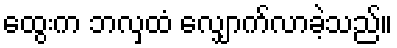
ထွေးက ဘလှထံ လျှောက်လာခဲ့သည်။